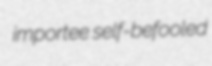
importee self-befooled